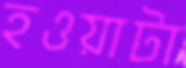
হওয়াটা